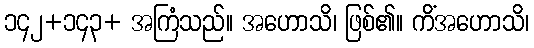
၁၄၂+၁၄၃+ အကြံသည်။ အဟောသိ၊ ဖြစ်၏။ ကိံအဟောသိ၊